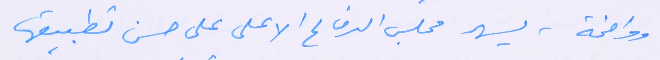
وواضحة، يسهر مجلس الدفاع الاعلى على حسن تطبيقها